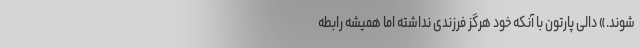
شوند.» دالی پارتون با آنکه خود هرگز فرزندی نداشته اما همیشه رابطه